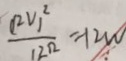
\frac { ( 2 V ) ^ { 2 } } { 1 2 2 } = 1 2 w